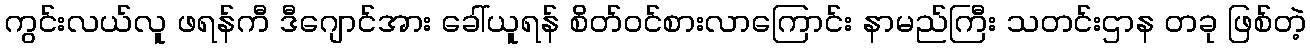
ကွင်းလယ်လူ ဖရန်ကီ ဒီဂျောင်အား ခေါ်ယူရန် စိတ်ဝင်စားလာကြောင်း နာမည်ကြီး သတင်းဌာန တခု ဖြစ်တဲ့